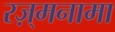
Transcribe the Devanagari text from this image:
रज़्मनामा